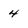
Character: 4